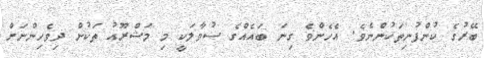
ބޭރުގެ ކުންފުނިތަކުންނެވެ. އެހެންވެ ގިނަ ބައެއްގެ ސުވާލަކީ މި މަޝްރޫއު ތަކުން ދިވެހިންނަށް